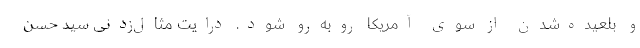
و بلعیده‌شدن از سوی آمریکا رو‌به‌رو شود. درایت مثال‌زدنی سید حسن